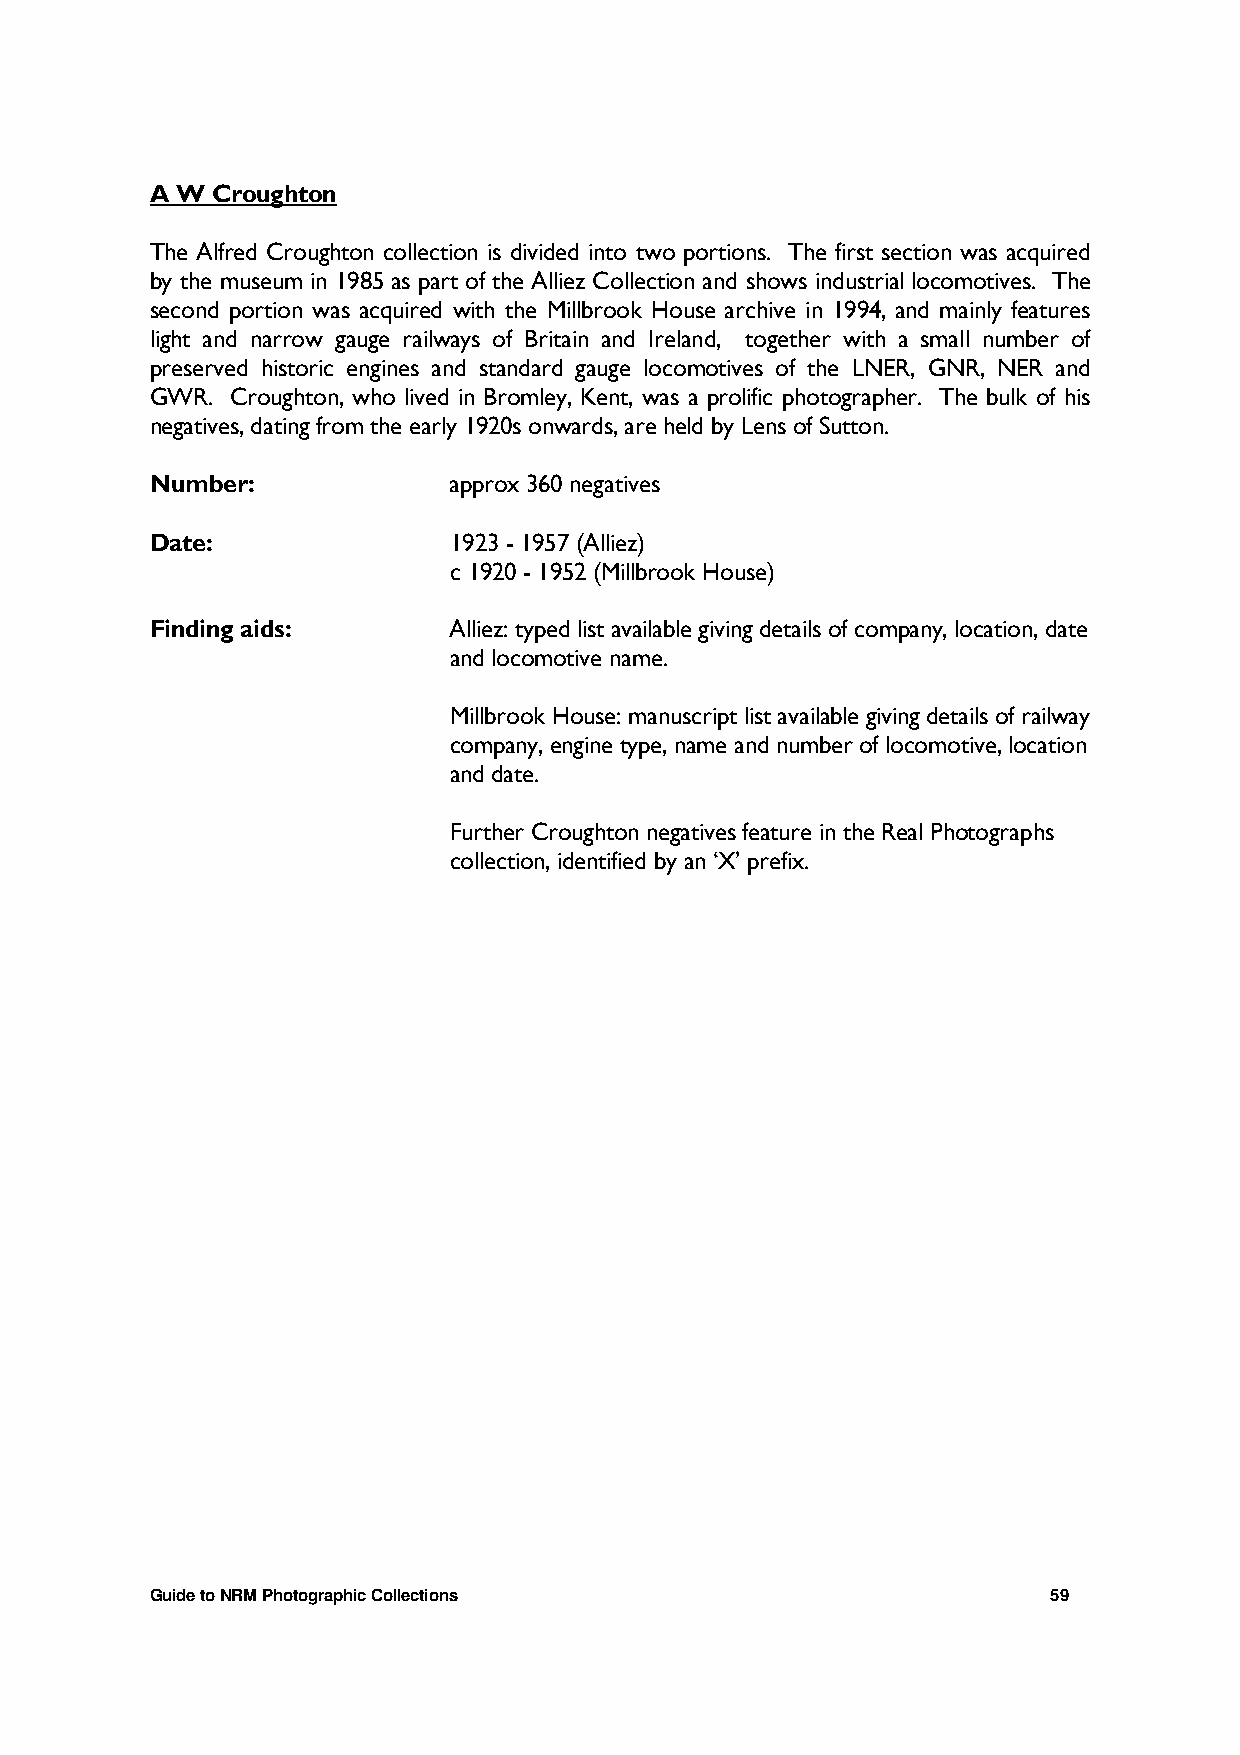
A W Croughton
 The Alfred Croughton collection is divided into two portions. The first section was acquired
 by the museum in 1985 as part of the Alliez Collection and shows industrial locomotives. The
 second portion was acquired with the Millbrook House archive in 1994, and mainly features
 light and narrow gauge railways of Britain and Ireland, together with a small number of
 preserved historic engines and standard gauge locomotives of the LNER, GNR, NER and
 GWR. Croughton, who lived in Bromley, Kent, was a prolific photographer. The bulk of his
 negatives, dating from the early 1920s onwards, are held by Lens of Sutton.
 Number:             approx 360 negatives
 Date:               1923 - 1957 (Alliez)
 c 1920 - 1952 (Millbrook House)
 Finding aids:       Alliez: typed list available giving details of company, location, date
 and locomotive name.
 Millbrook House: manuscript list available giving details of railway
 company, engine type, name and number of locomotive, location
 and date.
 Further Croughton negatives feature in the Real Photographs
 collection, identified by an ‘X’ prefix.
 Guide to NRM Photographic Collections                       59